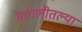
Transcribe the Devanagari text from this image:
सांगलीतल्या